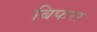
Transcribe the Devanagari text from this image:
बिफरा